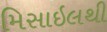
મિસાઇલથી